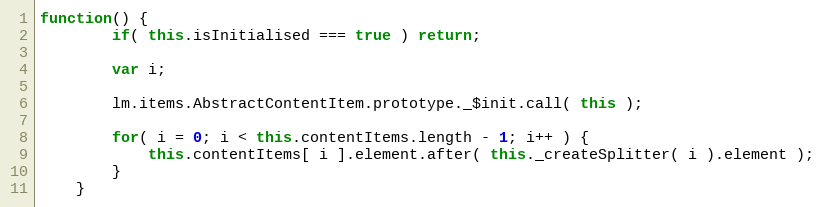
Language: JavaScript
function() {
		if( this.isInitialised === true ) return;

		var i;

		lm.items.AbstractContentItem.prototype._$init.call( this );

		for( i = 0; i < this.contentItems.length - 1; i++ ) {
			this.contentItems[ i ].element.after( this._createSplitter( i ).element );
		}
	}